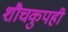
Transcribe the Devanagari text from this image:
शौचकुपही